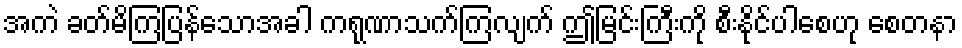
အကဲ ခတ်မိကြပြန်သောအခါ ကရုဏာသက်ကြလျက် ဤမြင်းကြီးကို စီးနိုင်ပါစေဟု စေတနာ